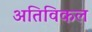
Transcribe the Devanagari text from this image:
अतिविकल